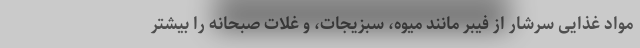
مواد غذایی سرشار از فیبر مانند میوه، سبزیجات، و غلات صبحانه را بیشتر